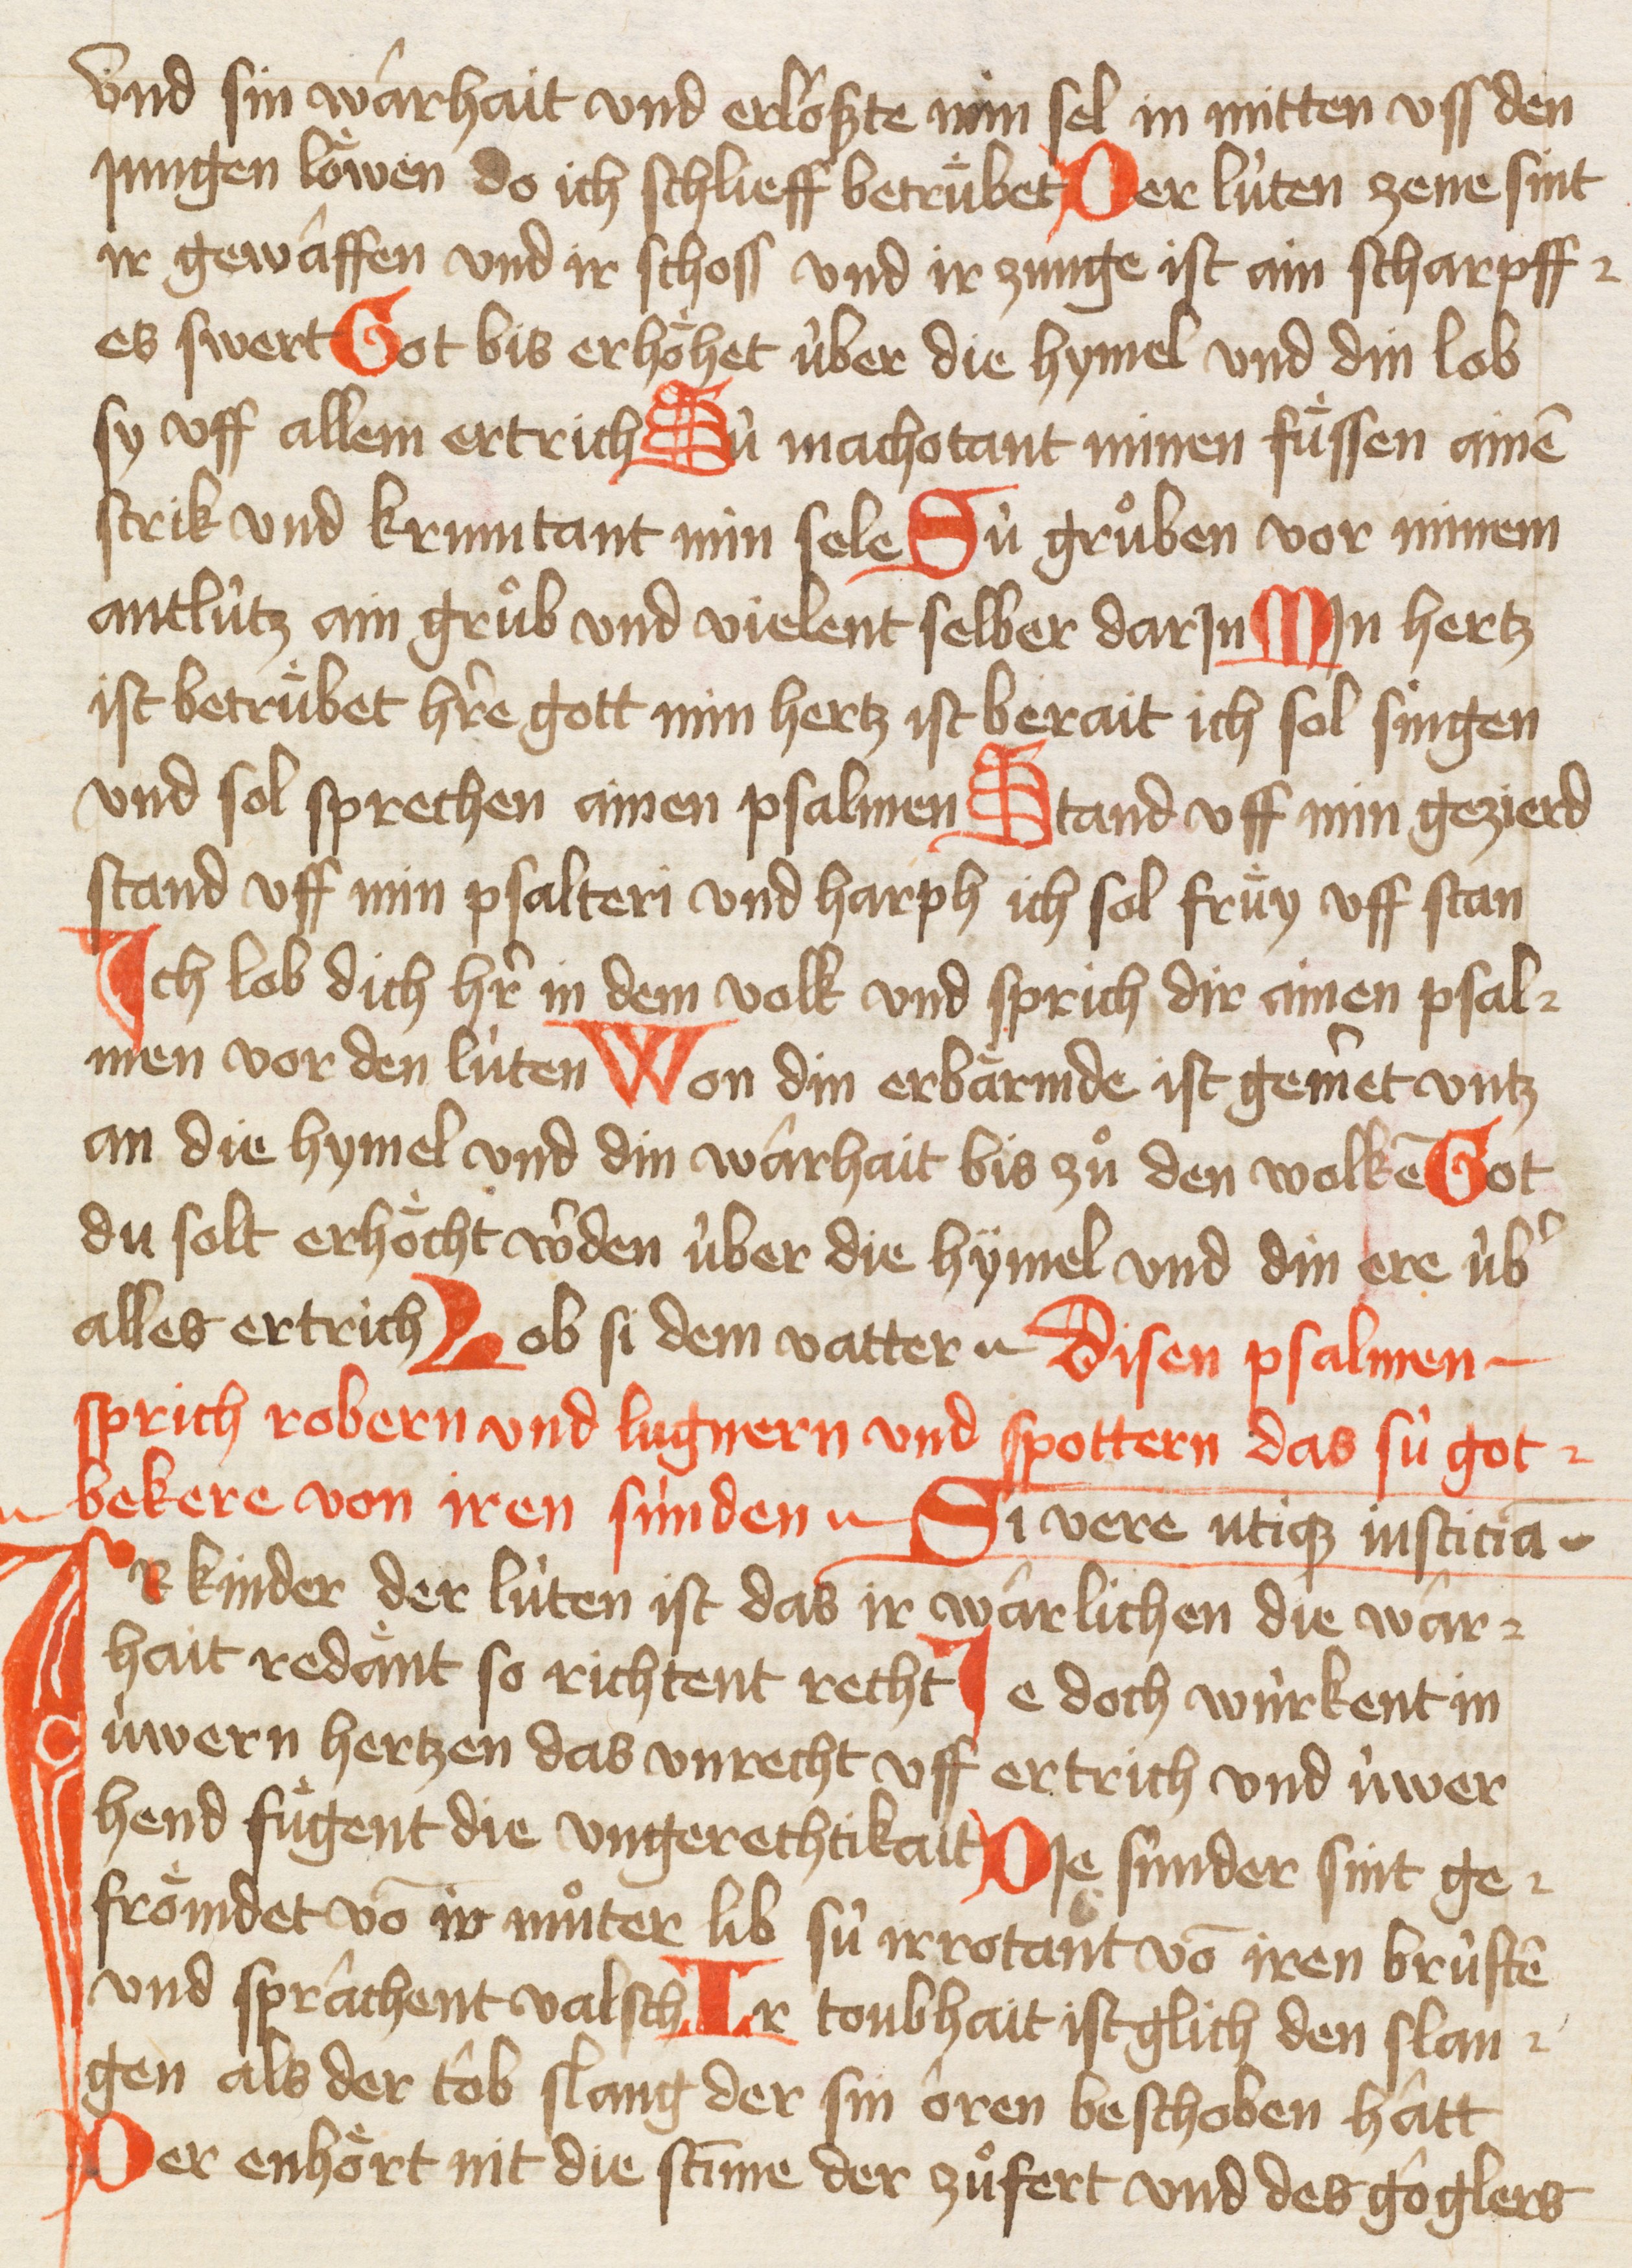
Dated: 1421–1421